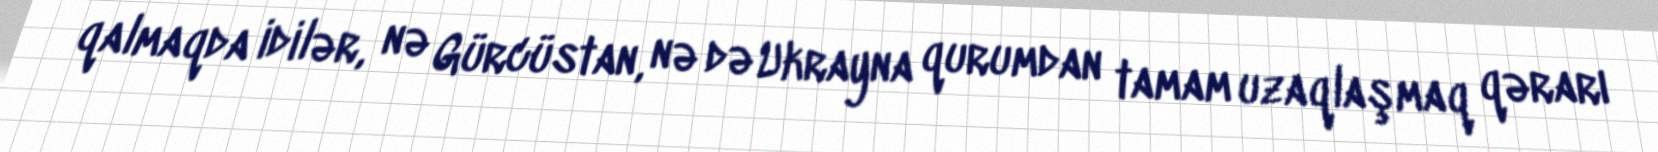
qalmaqda idilər, nə Gürcüstan, nə də Ukrayna qurumdan tamam uzaqlaşmaq qərarı